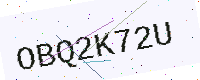
Text: OBQ2K72U